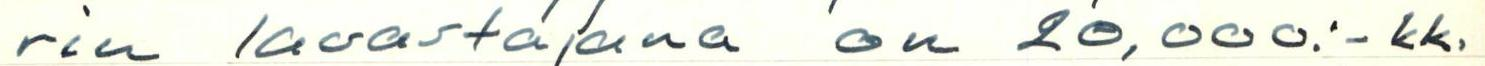
rin lavastajana on 20,000:- kk.